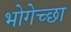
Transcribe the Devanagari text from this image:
भोगेच्छा